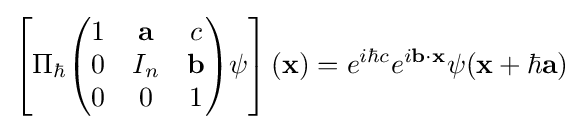
\left[\Pi _{\hbar }{\begin{pmatrix}1&\mathbf {a} &c\\0&I_{n}&\mathbf {b} \\0&0&1\end{pmatrix}}\psi \right](\mathbf {x} )=e^{i\hbar c}e^{i\mathbf {b} \cdot \mathbf {x} }\psi (\mathbf {x} +\hbar \mathbf {a} )